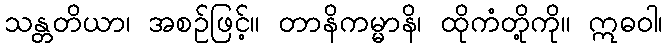
သန္တတိယာ၊ အစဉ်ဖြင့်။ တာနိကမ္မာနိ၊ ထိုကံတို့ကို။ ဣဓဝါ၊